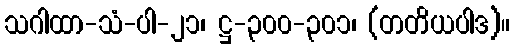
သဂါထာ-သံ-ပါ-၂၁၊ ဋ္ဌ-၃၀၀-၃၀၁၊ (တတိယပါဒ)။